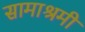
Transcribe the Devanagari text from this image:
सामाश्रमी